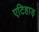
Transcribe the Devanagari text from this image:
एटिहाड़